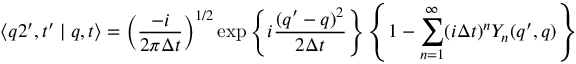
\langle q 2 ^ { \prime } , t ^ { \prime } \mid q , t \rangle = \left( \frac { - i } { 2 \pi \Delta t } \right) ^ { 1 / 2 } \exp \left\{ i \frac { ( q ^ { \prime } - q ) ^ { 2 } } { 2 \Delta t } \right\} \left\{ 1 - \sum _ { n = 1 } ^ { \infty } ( i \Delta t ) ^ { n } Y _ { n } ( q ^ { \prime } , q ) \right\}